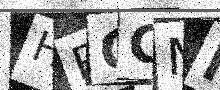
Text: HRGCMN